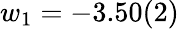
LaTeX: w_{1}=-3.50(2)